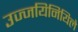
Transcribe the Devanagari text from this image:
उज्जयिनियिले